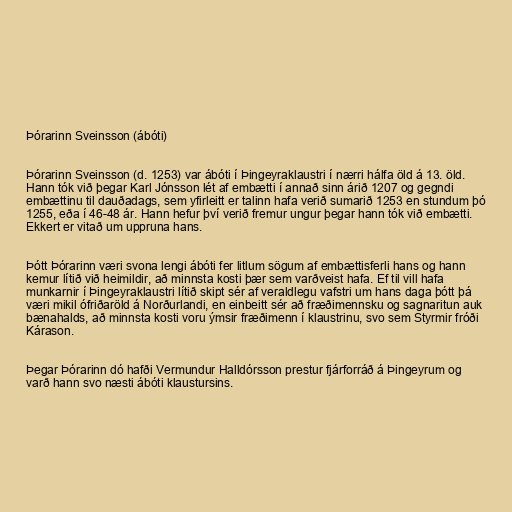
Þórarinn Sveinsson (ábóti)

Þórarinn Sveinsson (d. 1253) var ábóti í Þingeyraklaustri í nærri hálfa öld á 13. öld.
Hann tók við þegar Karl Jónsson lét af embætti í annað sinn árið 1207 og gegndi
embættinu til dauðadags, sem yfirleitt er talinn hafa verið sumarið 1253 en stundum þó
1255, eða í 46-48 ár. Hann hefur því verið fremur ungur þegar hann tók við embætti.
Ekkert er vitað um uppruna hans.

Þótt Þórarinn væri svona lengi ábóti fer litlum sögum af embættisferli hans og hann
kemur lítið við heimildir, að minnsta kosti þær sem varðveist hafa. Ef til vill hafa
munkarnir í Þingeyraklaustri lítið skipt sér af veraldlegu vafstri um hans daga þótt þá
væri mikil ófriðaröld á Norðurlandi, en einbeitt sér að fræðimennsku og sagnaritun auk
bænahalds, að minnsta kosti voru ýmsir fræðimenn í klaustrinu, svo sem Styrmir fróði
Kárason.

Þegar Þórarinn dó hafði Vermundur Halldórsson prestur fjárforráð á Þingeyrum og
varð hann svo næsti ábóti klaustursins.